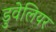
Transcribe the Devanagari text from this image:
डुवेलियर